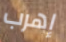
إهرب